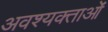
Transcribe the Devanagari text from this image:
अवश्यक्ताओं